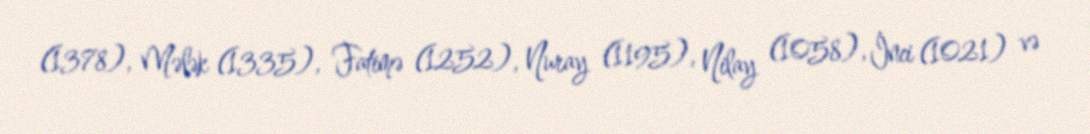
(1378), Mələk (1335), Fatimə (1252), Nuray (1195), Nilay (1058), İnci (1021) və